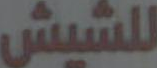
للشيش